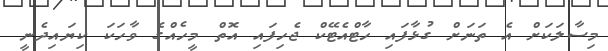
މިސާލަކަށް އެ ތަނަށް ގުޅާފައި ހާޓްއެޓޭކް ޖެހިފައި އޮތް މީހެއްގެ ވާހަކަ ކިޔައިދެނީ